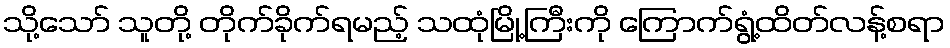
သို့သော် သူတို့ တိုက်ခိုက်ရမည့် သထုံမြို့ကြီးကို ကြောက်ရွံ့ထိတ်လန့်စရာ